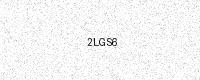
Text: 2LGS6